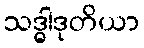
သဒ္ဓါဒုတိယာ